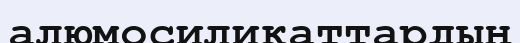
алюмосиликаттардың